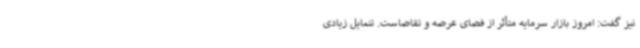
نیز گفت: امروز بازار سرمایه متأثر از فضای عرضه و تقاضاست. تنمایل زیادی